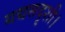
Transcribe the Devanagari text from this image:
यद्यसदृशी।